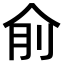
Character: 𠈛